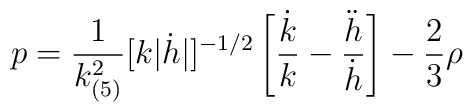
p=\frac{1}{k_{(5)}^2}[k|\dot{h}|]^{-1/2}\left[\frac{\dot{k}}{k}-\frac{\ddot{h}}{\dot{h}}\right]-\frac{2}{3}\rho